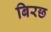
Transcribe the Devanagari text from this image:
बिरछ